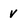
Character: v